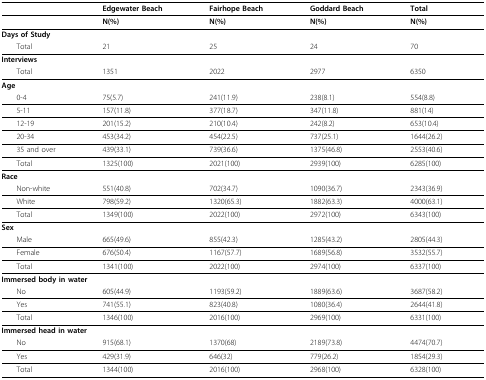
<table><thead><tr><td></td><td><b>Edgewater Beach</b></td><td><b>Fairhope Beach</b></td><td><b>Goddard Beach</b></td><td><b>Total</b></td></tr></thead><tbody><tr><td></td><td><b>N(%)</b></td><td><b>N(%)</b></td><td><b>N(%)</b></td><td><b>N(%)</b></td></tr><tr><td colspan="5"><b>Days of Study</b></td></tr><tr><td> Total</td><td>21</td><td>25</td><td>24</td><td>70</td></tr><tr><td colspan="5"><b>Interviews</b></td></tr><tr><td> Total</td><td>1351</td><td>2022</td><td>2977</td><td>6350</td></tr><tr><td colspan="5"><b>Age</b></td></tr><tr><td> 0-4</td><td>75(5.7)</td><td>241(11.9)</td><td>238(8.1)</td><td>554(8.8)</td></tr><tr><td> 5-11</td><td>157(11.8)</td><td>377(18.7)</td><td>347(11.8)</td><td>881(14)</td></tr><tr><td> 12-19</td><td>201(15.2)</td><td>210(10.4)</td><td>242(8.2)</td><td>653(10.4)</td></tr><tr><td> 20-34</td><td>453(34.2)</td><td>454(22.5)</td><td>737(25.1)</td><td>1644(26.2)</td></tr><tr><td> 35 and over</td><td>439(33.1)</td><td>739(36.6)</td><td>1375(46.8)</td><td>2553(40.6)</td></tr><tr><td> Total</td><td>1325(100)</td><td>2021(100)</td><td>2939(100)</td><td>6285(100)</td></tr><tr><td colspan="5"><b>Race</b></td></tr><tr><td> Non-white</td><td>551(40.8)</td><td>702(34.7)</td><td>1090(36.7)</td><td>2343(36.9)</td></tr><tr><td> White</td><td>798(59.2)</td><td>1320(65.3)</td><td>1882(63.3)</td><td>4000(63.1)</td></tr><tr><td> Total</td><td>1349(100)</td><td>2022(100)</td><td>2972(100)</td><td>6343(100)</td></tr><tr><td colspan="5"><b>Sex</b></td></tr><tr><td> Male</td><td>665(49.6)</td><td>855(42.3)</td><td>1285(43.2)</td><td>2805(44.3)</td></tr><tr><td> Female</td><td>676(50.4)</td><td>1167(57.7)</td><td>1689(56.8)</td><td>3532(55.7)</td></tr><tr><td> Total</td><td>1341(100)</td><td>2022(100)</td><td>2974(100)</td><td>6337(100)</td></tr><tr><td colspan="5"><b>Immersed body in water</b></td></tr><tr><td> No</td><td>605(44.9)</td><td>1193(59.2)</td><td>1889(63.6)</td><td>3687(58.2)</td></tr><tr><td> Yes</td><td>741(55.1)</td><td>823(40.8)</td><td>1080(36.4)</td><td>2644(41.8)</td></tr><tr><td> Total</td><td>1346(100)</td><td>2016(100)</td><td>2969(100)</td><td>6331(100)</td></tr><tr><td colspan="5"><b>Immersed head in water</b></td></tr><tr><td> No</td><td>915(68.1)</td><td>1370(68)</td><td>2189(73.8)</td><td>4474(70.7)</td></tr><tr><td> Yes</td><td>429(31.9)</td><td>646(32)</td><td>779(26.2)</td><td>1854(29.3)</td></tr><tr><td> Total</td><td>1344(100)</td><td>2016(100)</td><td>2968(100)</td><td>6328(100)</td></tr></tbody></table>